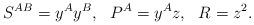
LaTeX: \begin{align*}S^{AB}=y^Ay^B,~~P^A=y^Az,~~R=z^2.\end{align*}